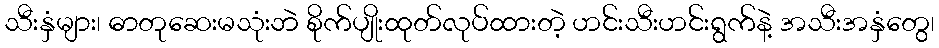
သီးနှံများ၊ ဓာတုဆေးမသုံးဘဲ စိုက်ပျိုးထုတ်လုပ်ထားတဲ့ ဟင်းသီးဟင်းရွက်နဲ့ အသီးအနှံတွေ၊